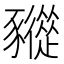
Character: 𧲓